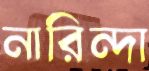
নারিন্দা